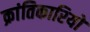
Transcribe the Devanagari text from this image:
क्रांतिकारियो